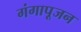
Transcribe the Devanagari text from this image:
गंगापूजन